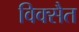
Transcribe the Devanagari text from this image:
विक्सैत